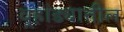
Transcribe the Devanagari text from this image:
वर्‍हांड्यातील